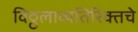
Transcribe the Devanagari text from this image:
विठ्ठलाव्यतिरिक्तचे